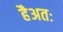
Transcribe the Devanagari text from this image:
हैअतः